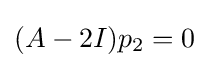
(A-2I)p_{2}=0